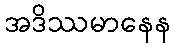
အဒိဿမာနေန